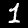
Label: 1